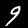
Digit: 9